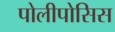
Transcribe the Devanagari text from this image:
पोलीपोसिस